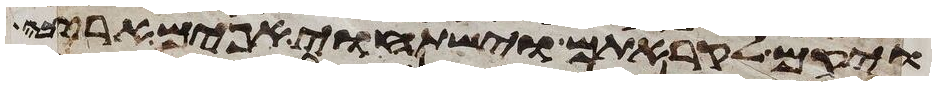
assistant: ויקם לקראתם וישתחוי אפים ארצה